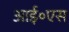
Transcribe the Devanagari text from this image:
आई॰एस